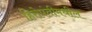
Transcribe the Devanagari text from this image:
हिरोपंतीमधील